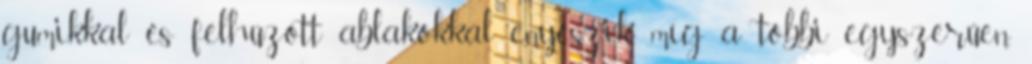
gumikkal és felhúzott ablakokkal enyészik, míg a többi egyszerűen